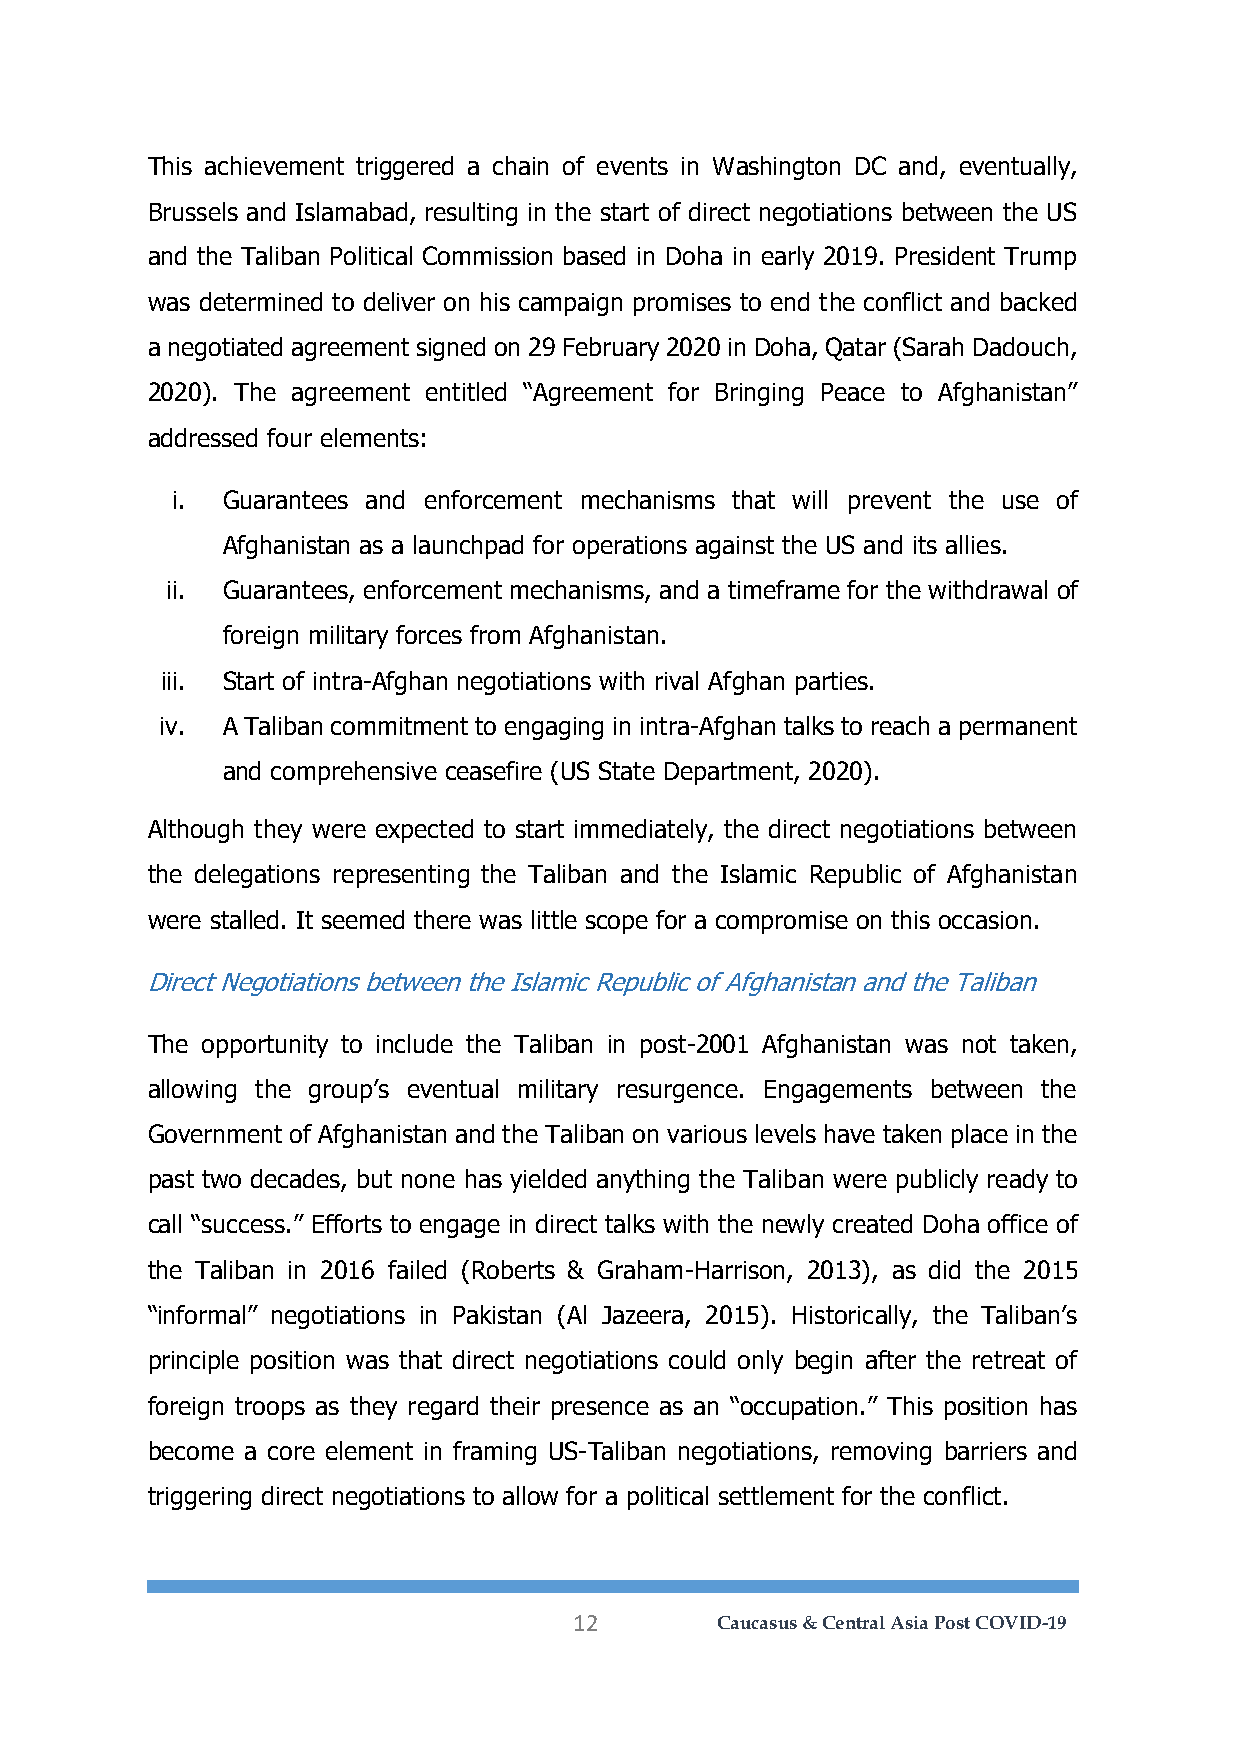
This achievement triggered a chain of events in Washington DC and, eventually,
 Brussels and Islamabad, resulting in the start of direct negotiations between the US
 and the Taliban Political Commission based in Doha in early 2019. President Trump
 was determined to deliver on his campaign promises to end the conflict and backed
 a negotiated agreement signed on 29 February 2020 in Doha, Qatar (Sarah Dadouch,
 2020). The agreement entitled “Agreement for Bringing Peace to Afghanistan”
 addressed four elements:
 i.  Guarantees and enforcement mechanisms that will prevent the use of
 Afghanistan as a launchpad for operations against the US and its allies.
 ii. Guarantees, enforcement mechanisms, and a timeframe for the withdrawal of
 foreign military forces from Afghanistan.
 iii. Start of intra-Afghan negotiations with rival Afghan parties.
 iv. A Taliban commitment to engaging in intra-Afghan talks to reach a permanent
 and comprehensive ceasefire (US State Department, 2020).
 Although they were expected to start immediately, the direct negotiations between
 the delegations representing the Taliban and the Islamic Republic of Afghanistan
 were stalled. It seemed there was little scope for a compromise on this occasion.
 Direct Negotiations between the Islamic Republic of Afghanistan and the Taliban
 The opportunity to include the Taliban in post-2001 Afghanistan was not taken,
 allowing the group’s eventual military resurgence. Engagements between the
 Government of Afghanistan and the Taliban on various levels have taken place in the
 past two decades, but none has yielded anything the Taliban were publicly ready to
 call “success.” Efforts to engage in direct talks with the newly created Doha office of
 the Taliban in 2016 failed (Roberts & Graham-Harrison, 2013), as did the 2015
 “informal” negotiations in Pakistan (Al Jazeera, 2015). Historically, the Taliban’s
 principle position was that direct negotiations could only begin after the retreat of
 foreign troops as they regard their presence as an “occupation.” This position has
 become a core element in framing US-Taliban negotiations, removing barriers and
 triggering direct negotiations to allow for a political settlement for the conflict.
 12       Caucasus & Central Asia Post COVID-19